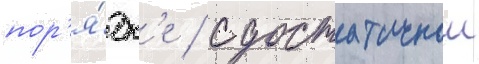
пор'я́дк'е / с достаточнои